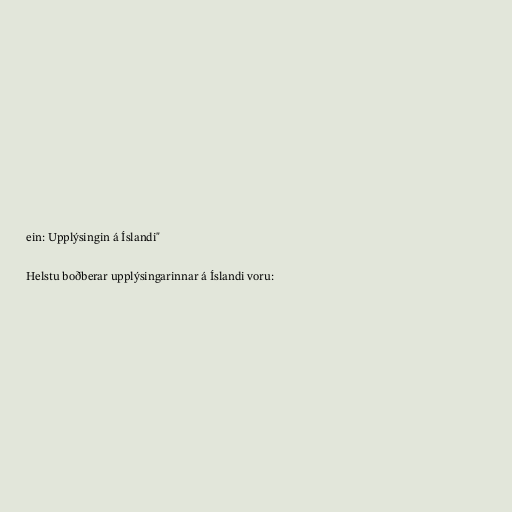
ein: Upplýsingin á Íslandi"

Helstu boðberar upplýsingarinnar á Íslandi voru: